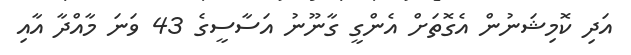
އަދި ކޮމިޝަނުން އެގޮތަށް އެންގީ ގާނޫނު އަސާސީގެ 43 ވަނަ މާއްދާ އާއި